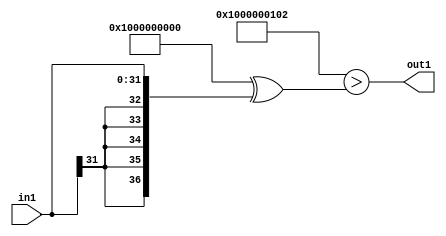
`timescale 1ps / 1ps
/*****************************************************************************
    Verilog RTL Description
    
    
    Created by: Stratus DpOpt 2019.1.01 
*******************************************************************************/

module DC_Filter_LtiLLs32_1 (
	in1,
	out1
	); /* architecture "behavioural" */ 
input [31:0] in1;
output  out1;
wire  asc001;

assign asc001 = ((37'B1000000000000000000000000000000000000 ^ 37'B0000000000000000000000000000100000010)>(37'B1000000000000000000000000000000000000
    ^ {{5{in1[31]}}, in1}));

assign out1 = asc001;
endmodule

/* CADENCE  uLTzQws= : u9/ySgnWtBlWxVPRXgAZ4Og= ** DO NOT EDIT THIS LINE ******/